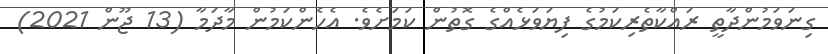
ގިނަވަމުންދާތީ ރައްކާތެރިކަމުގެ ފިޔަވަޅެއްގެ ގޮތުން ކަމަށެވެ. އެހެންކަމުން މާދަމާ (13 ޖޫން 2021)